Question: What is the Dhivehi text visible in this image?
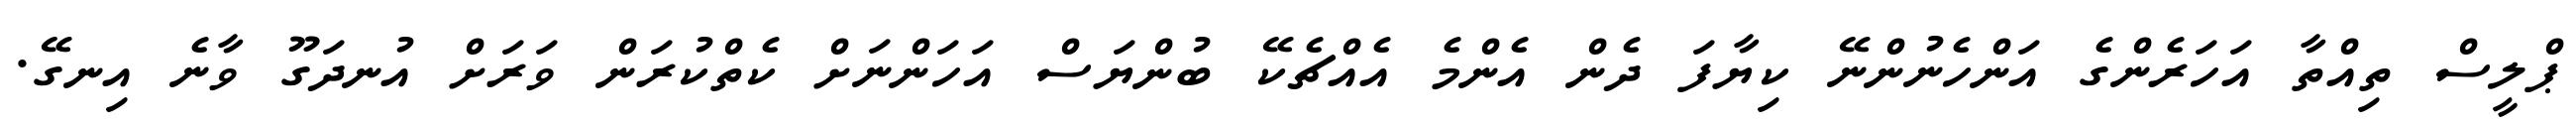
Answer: ޕްލީސް ތިއްތާ އަހަރެންގެ އަންހެނުންނޭ ކިޔާފަ ދެން އެންމެ އެއްޗެކޭ ބުންޔަސް އަހަންނަށް ކެތްކުރަން ވަރަށް އުނދަގޫ ވާނެ އިނގޭ.